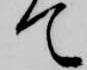
て